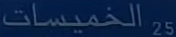
الخميسات25